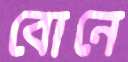
বোনে